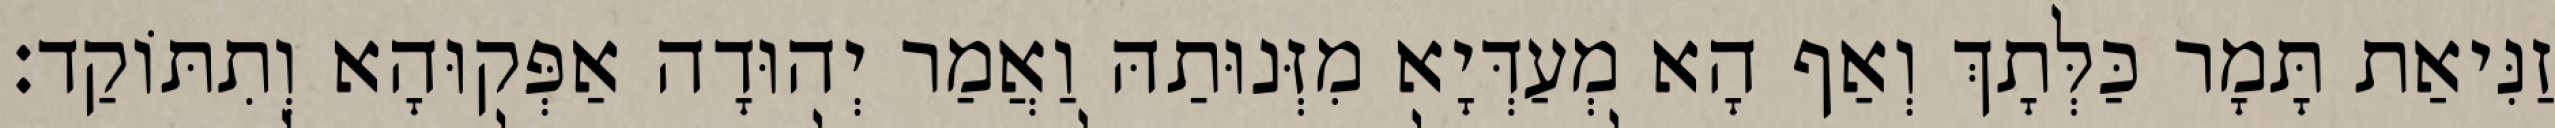
זַנִּיאַת תָּמָר כַּלְּתָךְ וְאַף הָא מְעַדְּיָא מִזְּנוּתַהּ וַאֲמַר יְהוּדָה אַפְּקוּהָא וְתִתּוֹקַד׃